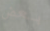
بعض